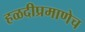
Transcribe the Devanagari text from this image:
हळदीप्रमाणेच